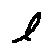
l